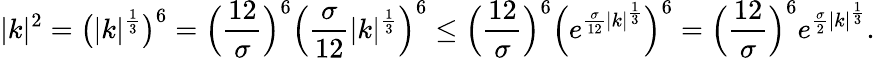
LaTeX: |k|^{2}=\big(|k|^{\frac{1}{3}}\big)^{6}=\Big(\frac{12}{\sigma}\Big)^{6}\Big(\frac{\sigma}{12}|k|^{\frac{1}{3}}\Big)^{6}\leq\Big(\frac{12}{\sigma}\Big)^{6}\Big(e^{\frac{\sigma}{12}|k|^{\frac{1}{3}}}\Big)^{6}=\Big(\frac{12}{\sigma}\Big)^{6}e^{\frac{\sigma}{2}|k|^{\frac{1}{3}}}.